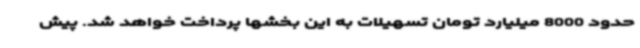
حدود 8000 میلیارد تومان تسهیلات به این بخشها پرداخت خواهد شد. پیش